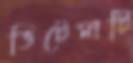
ভিটেমাটি